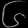
Digit: ၆